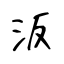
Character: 汳